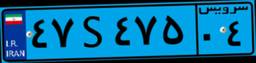
۹۸S۵۴۶۵۷